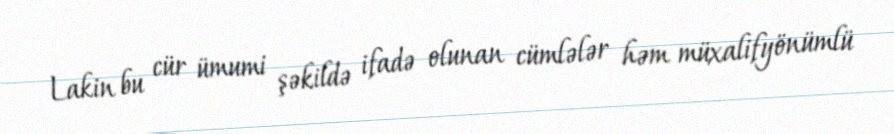
Lakin bu cür ümumi şəkildə ifadə olunan cümlələr həm müxalifyönümlü